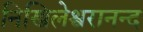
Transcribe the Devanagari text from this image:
निखिलेश्वरानन्द